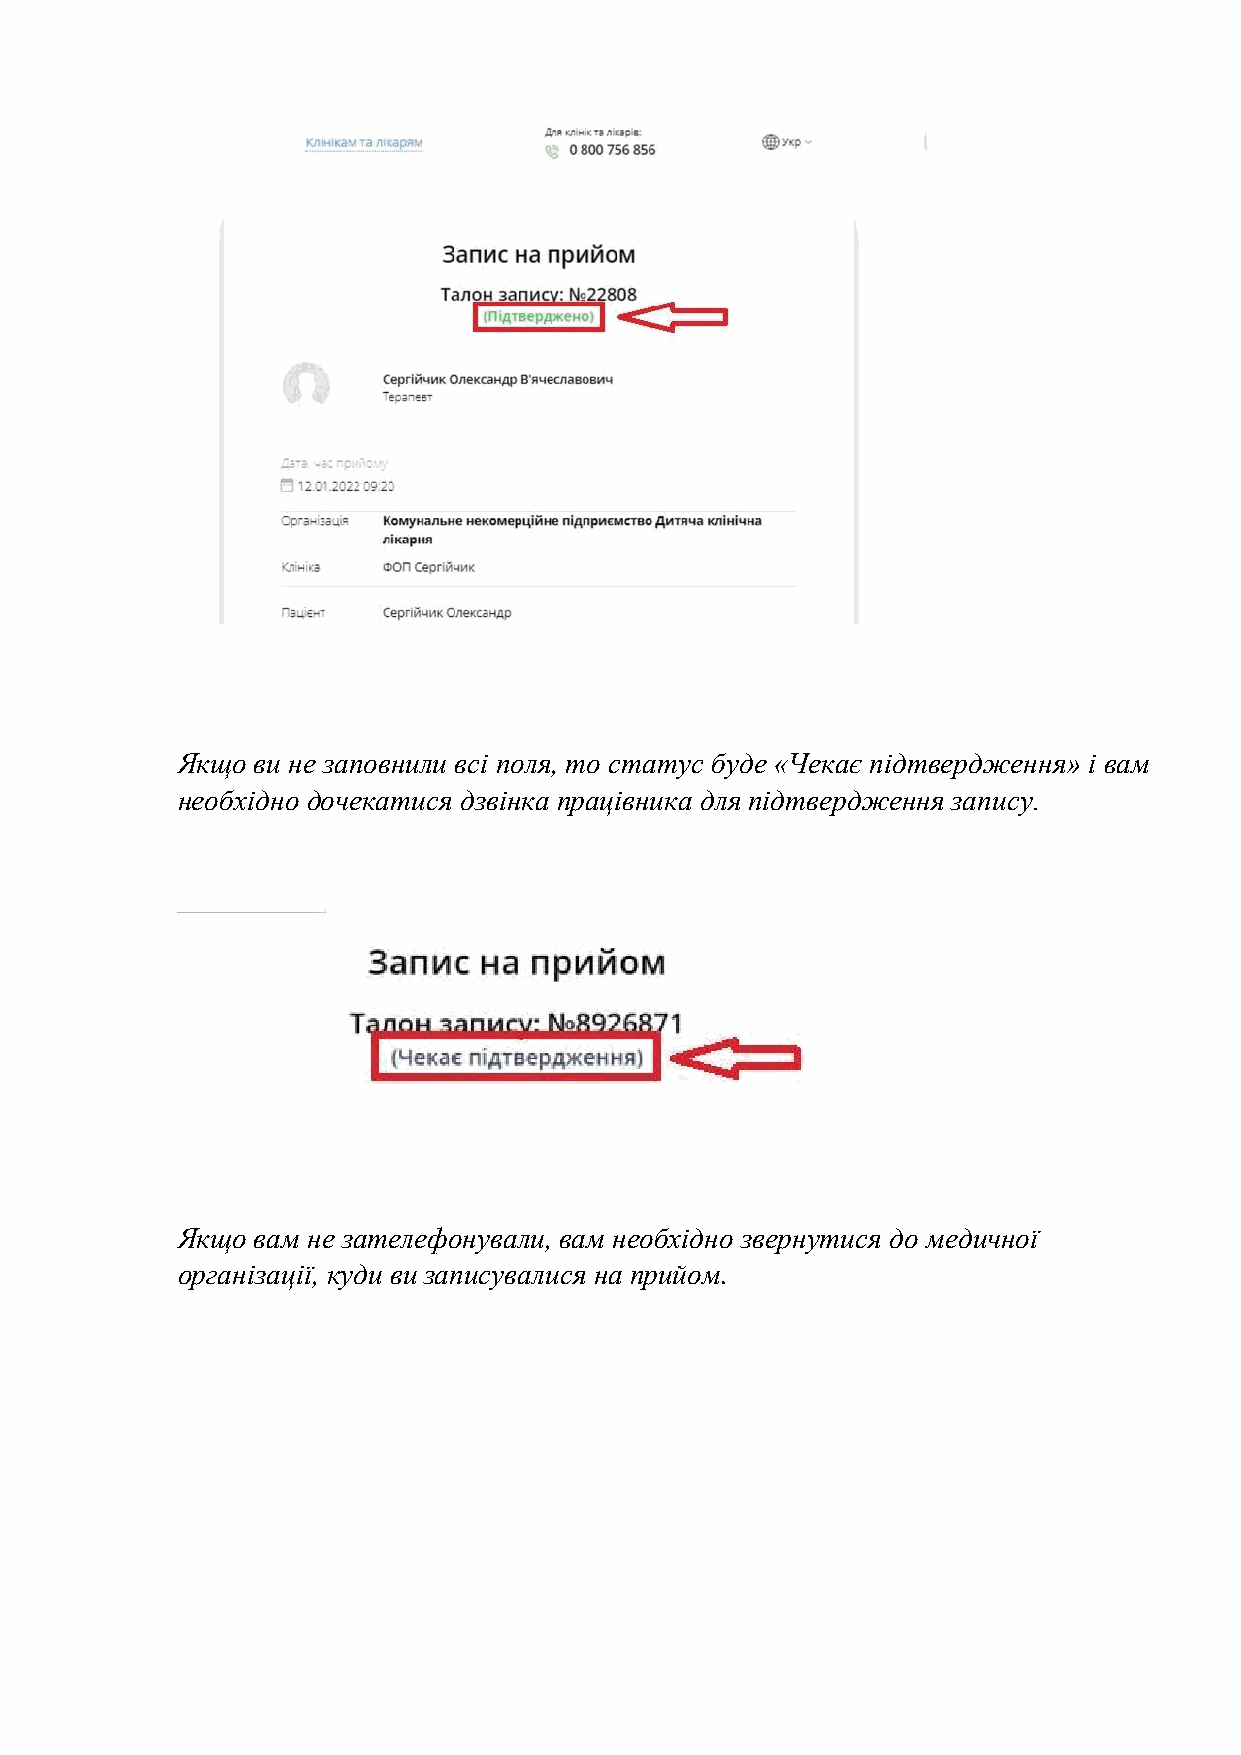
Якщо ви не заповнили всі поля, то статус буде «Чекає підтвердження» і вам
 необхідно дочекатися дзвінка працівника для підтвердження запису.
 Якщо вам не зателефонували, вам необхідно звернутися до медичної
 організації, куди ви записувалися на прийом.